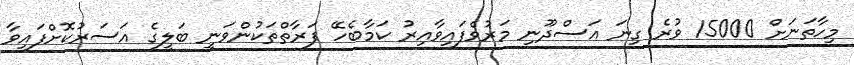
މިހާތަނަށް 15000 ވުރެ ގިނަ އަސްދޫނި މަރުވެފައިވާއިރު ކަމާބެހޭ ފަރާތްތަކުންވަނީ ބަލީގެ އަސަރުކޮށްފައިވާ